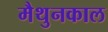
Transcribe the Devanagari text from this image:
मैथुनकाल